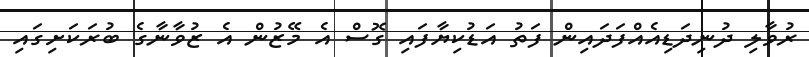
ރުވާލި ދުނިދަޑިއެއްފަދައިން ފަތު އަޑުކިޔާފައި ގޮސް އެ މޭޒުން އެ ޒުވާނާގެ ބުރަކަށިގައި